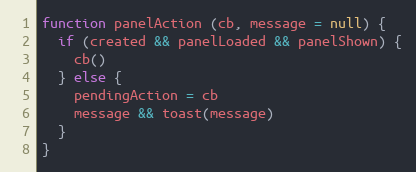
Language: JavaScript
function panelAction (cb, message = null) {
  if (created && panelLoaded && panelShown) {
    cb()
  } else {
    pendingAction = cb
    message && toast(message)
  }
}